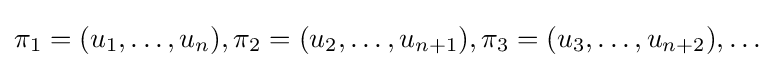
\pi _{1}=(u_{1},\ldots ,u_{n}),\pi _{2}=(u_{2},\ldots ,u_{n+1}),\pi _{3}=(u_{3},\ldots ,u_{n+2}),\ldots